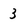
Character: 3